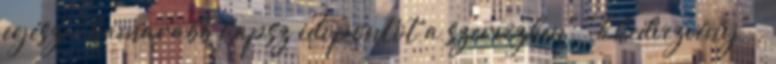
egész: "hamarabb kapsz időpontot a szervizben" "% kedvezvény" .